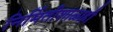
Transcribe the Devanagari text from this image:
निर्मितीशाळाही